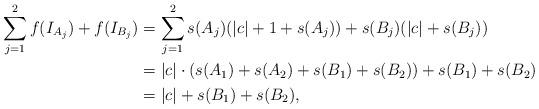
LaTeX: \begin{align*}\sum_{j=1}^2f(I_{A_j}) + f(I_{B_j}) &= \sum_{j=1}^2 s(A_j)(|c|+1+s(A_j))+s(B_j)(|c|+s(B_j))\\&= |c| \cdot (s(A_1)+s(A_2)+s(B_1)+s(B_2)) + s(B_1)+s(B_2) \\& = |c| + s(B_1)+s(B_2),\end{align*}